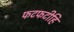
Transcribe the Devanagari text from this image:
फटफटीहि